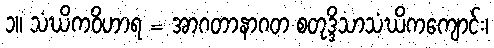
၁။ သံဃိကဝိဟာရ = အာဂတာနာဂတ စတုဒ္ဒိသာသံဃိကကျောင်း၊